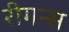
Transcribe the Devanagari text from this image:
रीगन्स